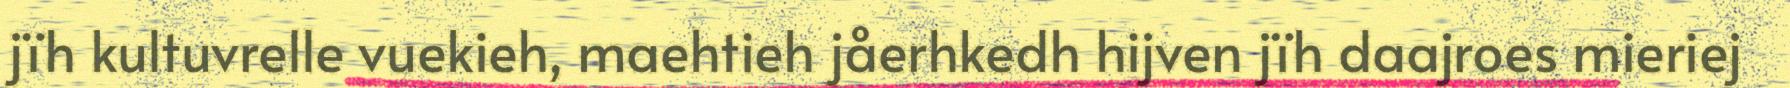
jïh kultuvrelle vuekieh, maehtieh jåerhkedh hijven jïh daajroes mieriej